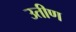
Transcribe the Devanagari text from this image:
उतीण